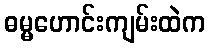
ဓမ္မဟောင်းကျမ်းထဲက